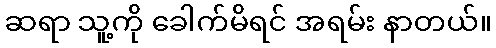
ဆရာ သူ့ကို ခေါက်မိရင် အရမ်း နာတယ်။